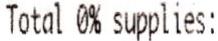
TOTAL 0% SUPPLIES: